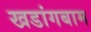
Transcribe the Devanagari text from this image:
खडांगबाम